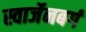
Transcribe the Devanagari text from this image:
स्वार्जेनबर्ग